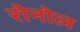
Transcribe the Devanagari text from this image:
रोनोल